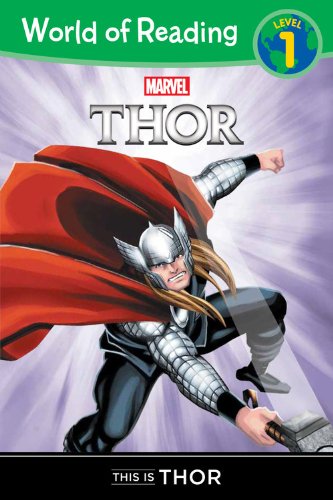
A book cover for World of Reading: Thor This is Thor: Level 1; Brooke Dworkin; Children's Books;